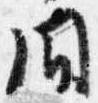
間